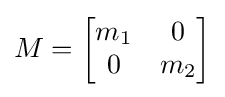
M={\begin{bmatrix}m_{1}&0\\0&m_{2}\end{bmatrix}}